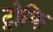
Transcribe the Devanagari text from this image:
ट्रोफि